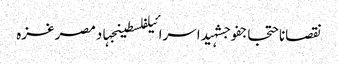
نقصاناحتجاجفوجشہیداسرائیلفلسطینجہادمصرغزہ